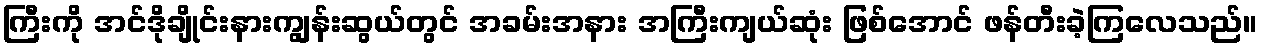
ကြီးကို အင်ဒိုချိုင်းနားကျွန်းဆွယ်တွင် အခမ်းအနား အကြီးကျယ်ဆုံး ဖြစ်အောင် ဖန်တီးခဲ့ကြလေသည်။